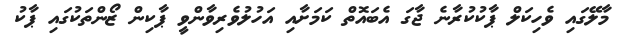
މާލޭގައި ވެހިކަލް ޕާކުކުރާނެ ޖާގަ އެބައޮތް ކަަމަށާއި އަހުލުވެރިވާންވީ ޕާކިން ޒޯންތަކުގައި ޕާކު